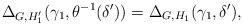
LaTeX: \begin{align*}\Delta_{G, H'_{1}}(\gamma_{1}, \theta^{-1}(\delta')) = \Delta_{G, H_{1}}(\gamma_{1}, \delta'),\end{align*}